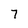
Character: 7